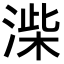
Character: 𭱨